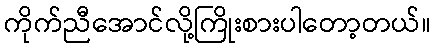
ကိုက်ညီအောင်လို့ကြိုးစားပါတော့တယ်။